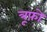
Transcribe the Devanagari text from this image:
त्रूफ़ो